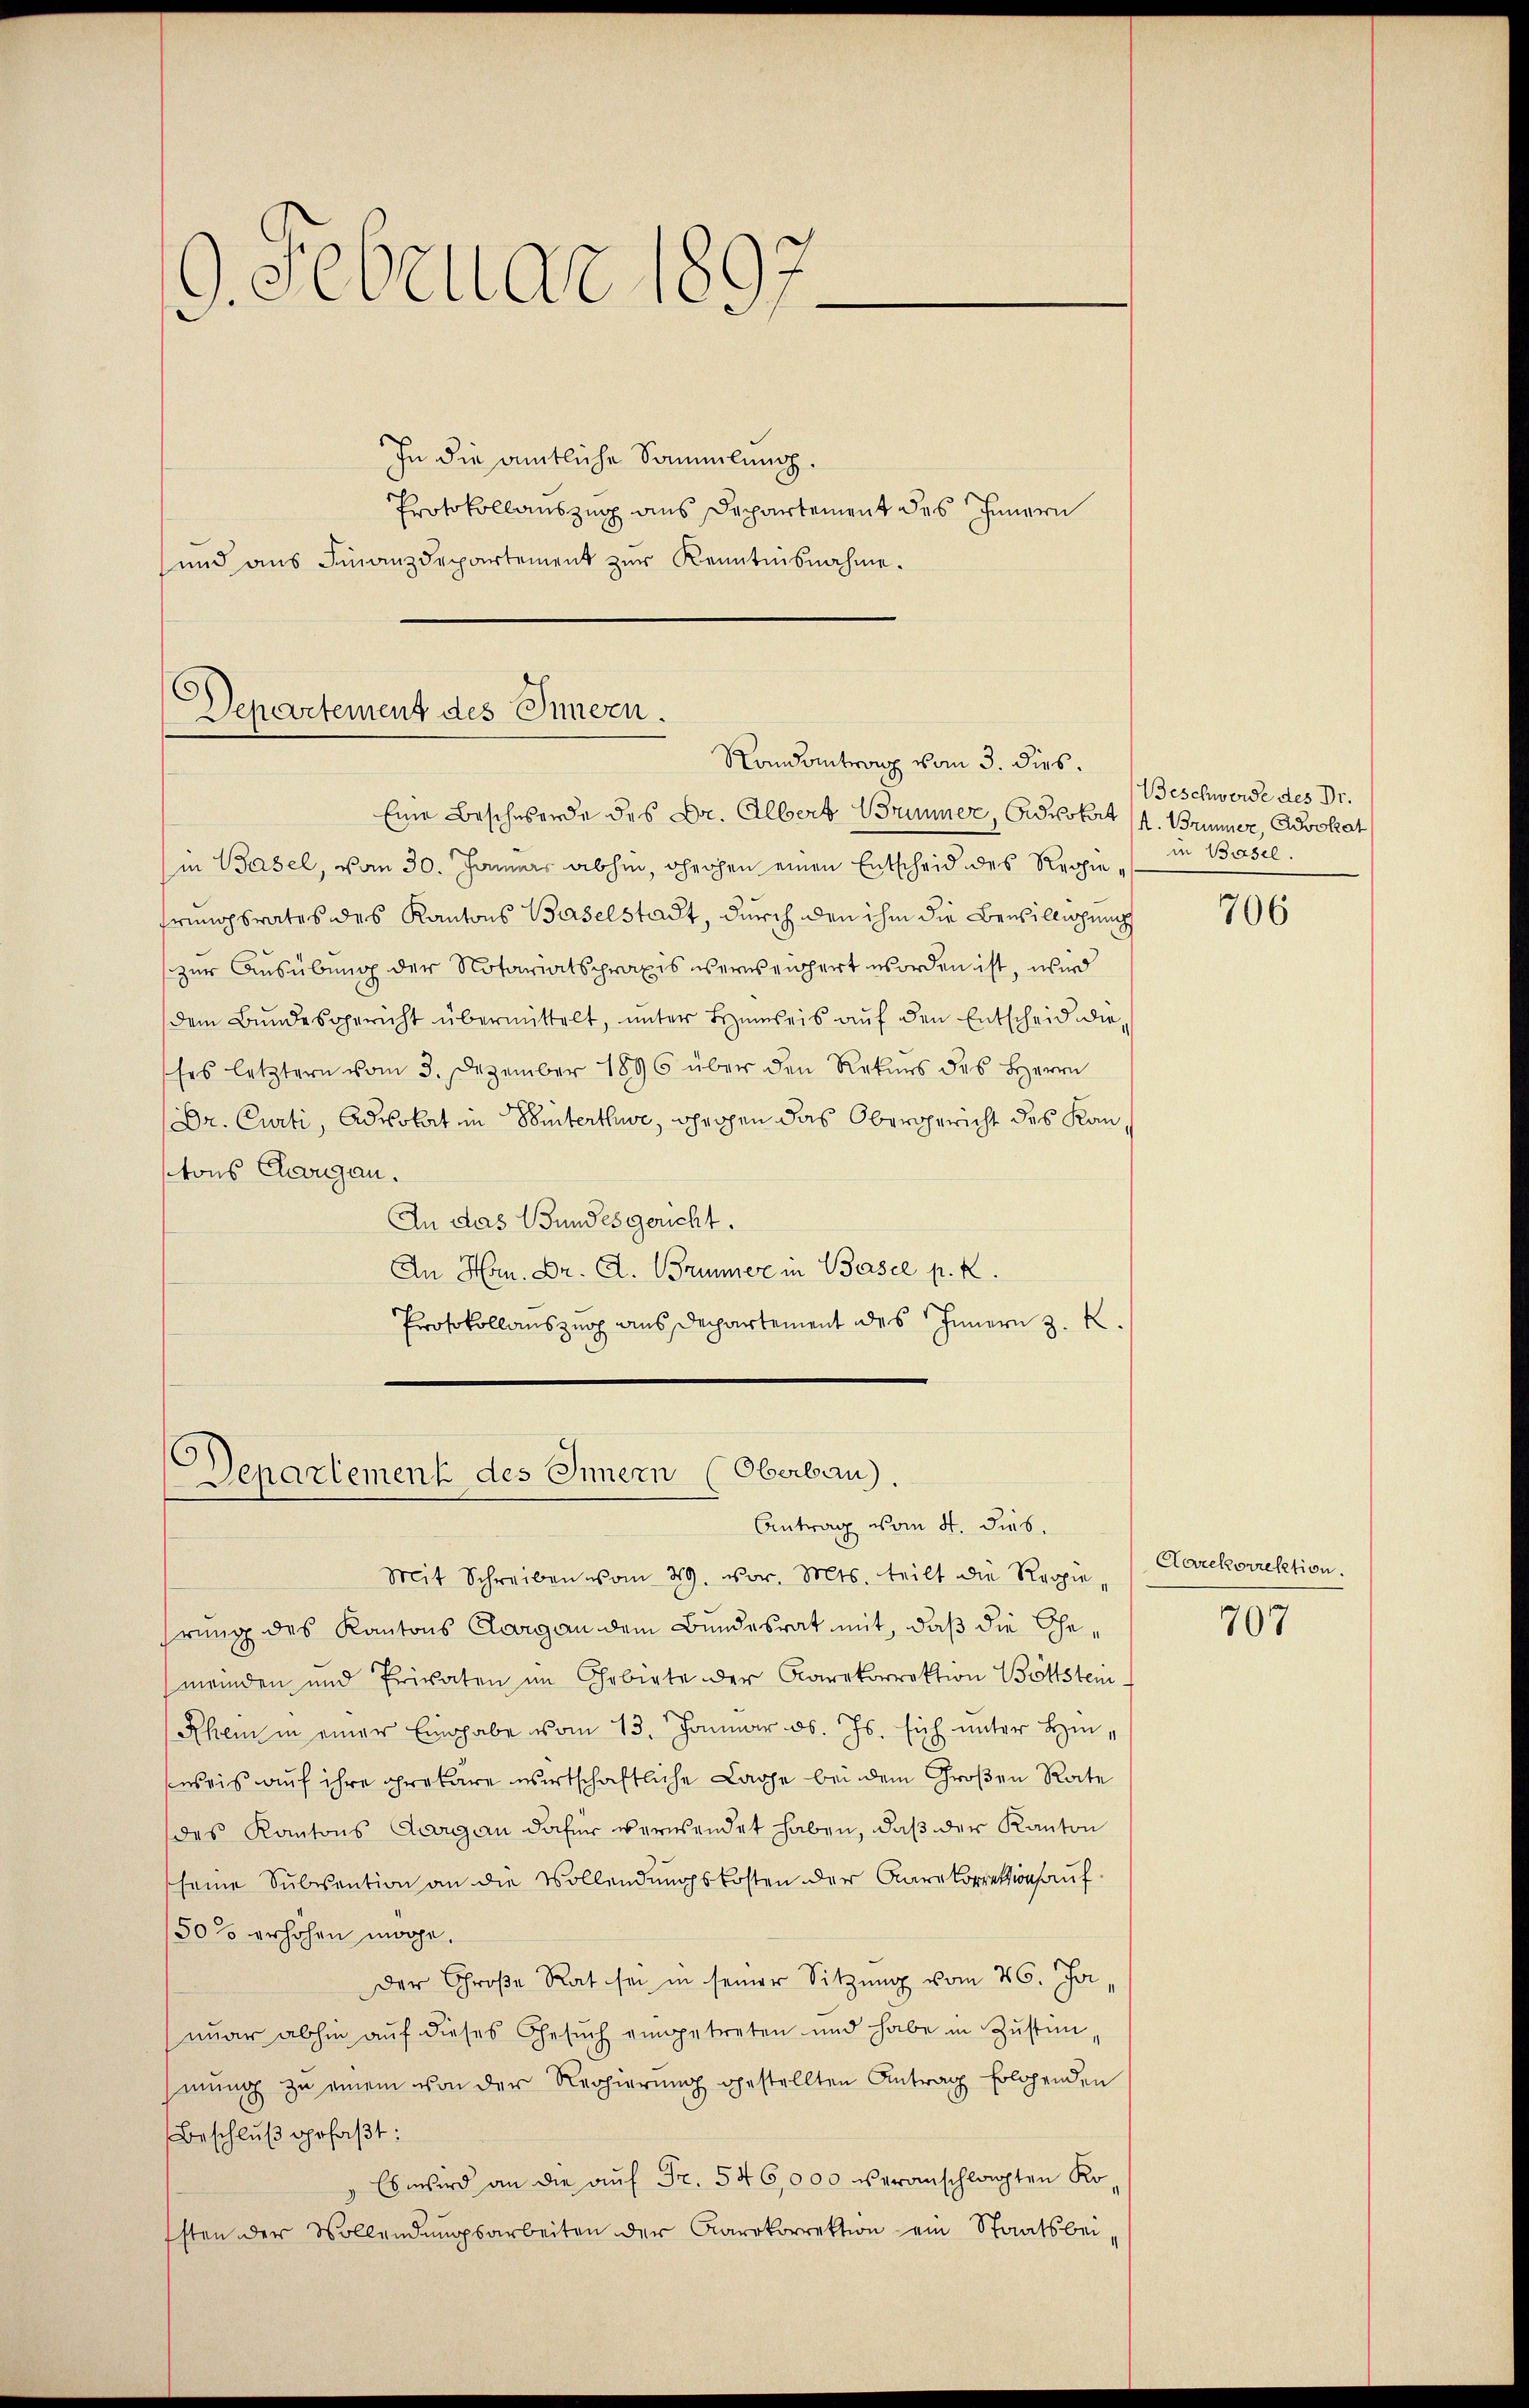
9. Februar 1897

In die amtliche Sammlung.
Protokollauszug aus Departement des Innern
und aus Finanzdepartement zur Kenntnisnahme.

Departement des Innern.
Randantrag vom 3. dies.

Departement des Innern (Oberbau).
Antrag vom 4. dies.

Eine Beschwerde des Dr. Albert Brunner, Advokat (s. Brunner, Advokat
in Basel, von 30. Jänners abhin, Theophen einen Entscheid des Regiefrungsrates des Kantons Baselstadt, durch den ihm die Bewillichung
zur Ausübung der Notariatspraxis versengert worden ist, wird
dem Bundesgericht übermittelt, unter Hinweis auf den Entscheid die
Ers letztern vom 3. Dezember 1896 über den Rekurs des Herrn
Dr. Curti, Advokat in Winterthure, gegen das Obergericht des Kantons Chorgan.
An das Bundesgericht.
An Hrn. Dr. A. Brunner in Basel p. K.
Protokollauszug aus Departement des Innern 3. K

Mit Schreiben vom 29. vor. Mts. teilt die Regiehrung des Kantons Aargau dem Bundesrat mit, daß die Ehemeinden und Privaten im Gebiete der Carekorrektion Böttstein-
Rhem in einer Eingabe vom 13. Januar d. Js. sich unter Hinsweis auf ihre prekäre wirtschaftliche Lache bei dem Großen Rate
des Kantons Aargau dafür verwendet haben, daß der Kanton
seine Subisantion an die Vollendungskosten der Karakorrektion auf¬
50% erhöhen möge,
Der Große Rat sei in seiner Sitzung vom 26. Ja,
nuar abhin auf dieses Gesuch eingetreten und habe in Zustimmung zu einem von der Regierung gestellten Antrag folgenden
Beschlŭβ gefaßt:
Es wird an die auf Fr. 546,000 veranschlagten Ko
sten der Vollendŭngsarbeiten der Carrkorrektion ein Staatsbei¬

Beschwerde des Dr.
in Basel.

706

Carekorrektion.

707